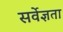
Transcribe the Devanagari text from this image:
सर्वेज्ञता